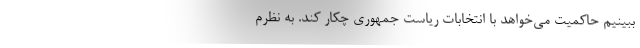
ببینیم حاکمیت می‌خواهد با انتخابات ریاست جمهوری چکار کند. به نظرم